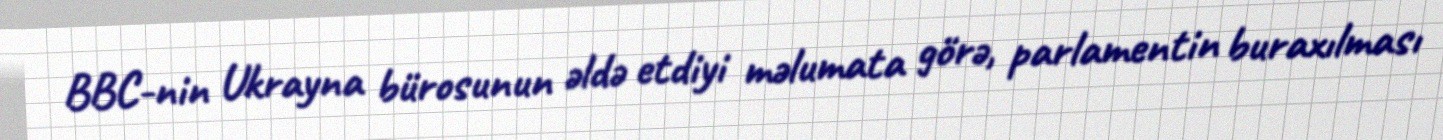
BBC-nin Ukrayna bürosunun əldə etdiyi məlumata görə, parlamentin buraxılması